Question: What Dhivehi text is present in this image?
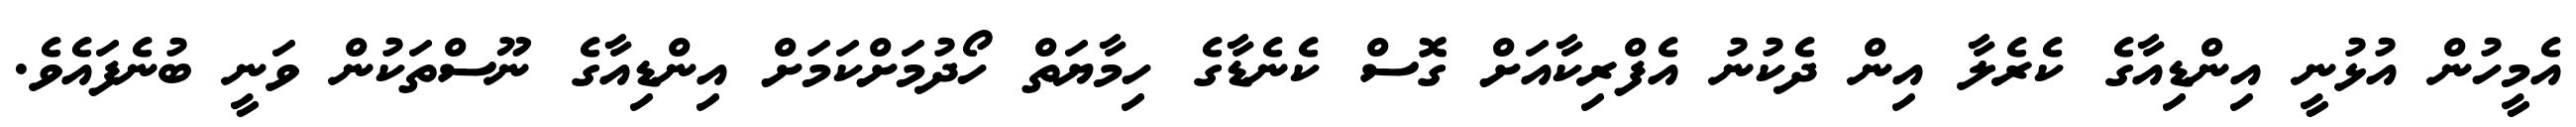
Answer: އެމީހުން އުޅުނީ އިންޑިއާގެ ކެރެލާ އިން ދެކުނު އެފްރިކާއަށް ގޮސް ކެނެޑާގެ ހިމާޔަތް ހޯދުމަށްކަމަށް އިންޑިއާގެ ނޫސްތަކުން ވަނީ ބުނެފައެވެ.